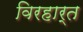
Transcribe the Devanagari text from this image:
विरहार्त